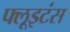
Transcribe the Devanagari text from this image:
फ्लूइटंस